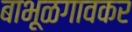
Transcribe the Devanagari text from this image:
बाभूळगावकर